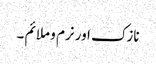
نازک اور نرم و ملائم ۔